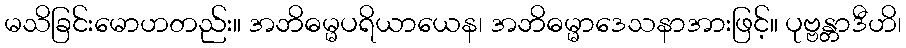
မသိခြင်းမောဟတည်း။ အဘိဓမ္မပရိယာယေန၊ အဘိဓမ္မာဒေသနာအားဖြင့်။ ပုဗ္ဗန္တာဒီဟိ၊